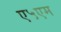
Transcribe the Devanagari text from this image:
ए५एम